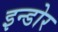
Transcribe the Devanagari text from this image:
इन्‍डोर